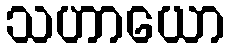
သဟာယော